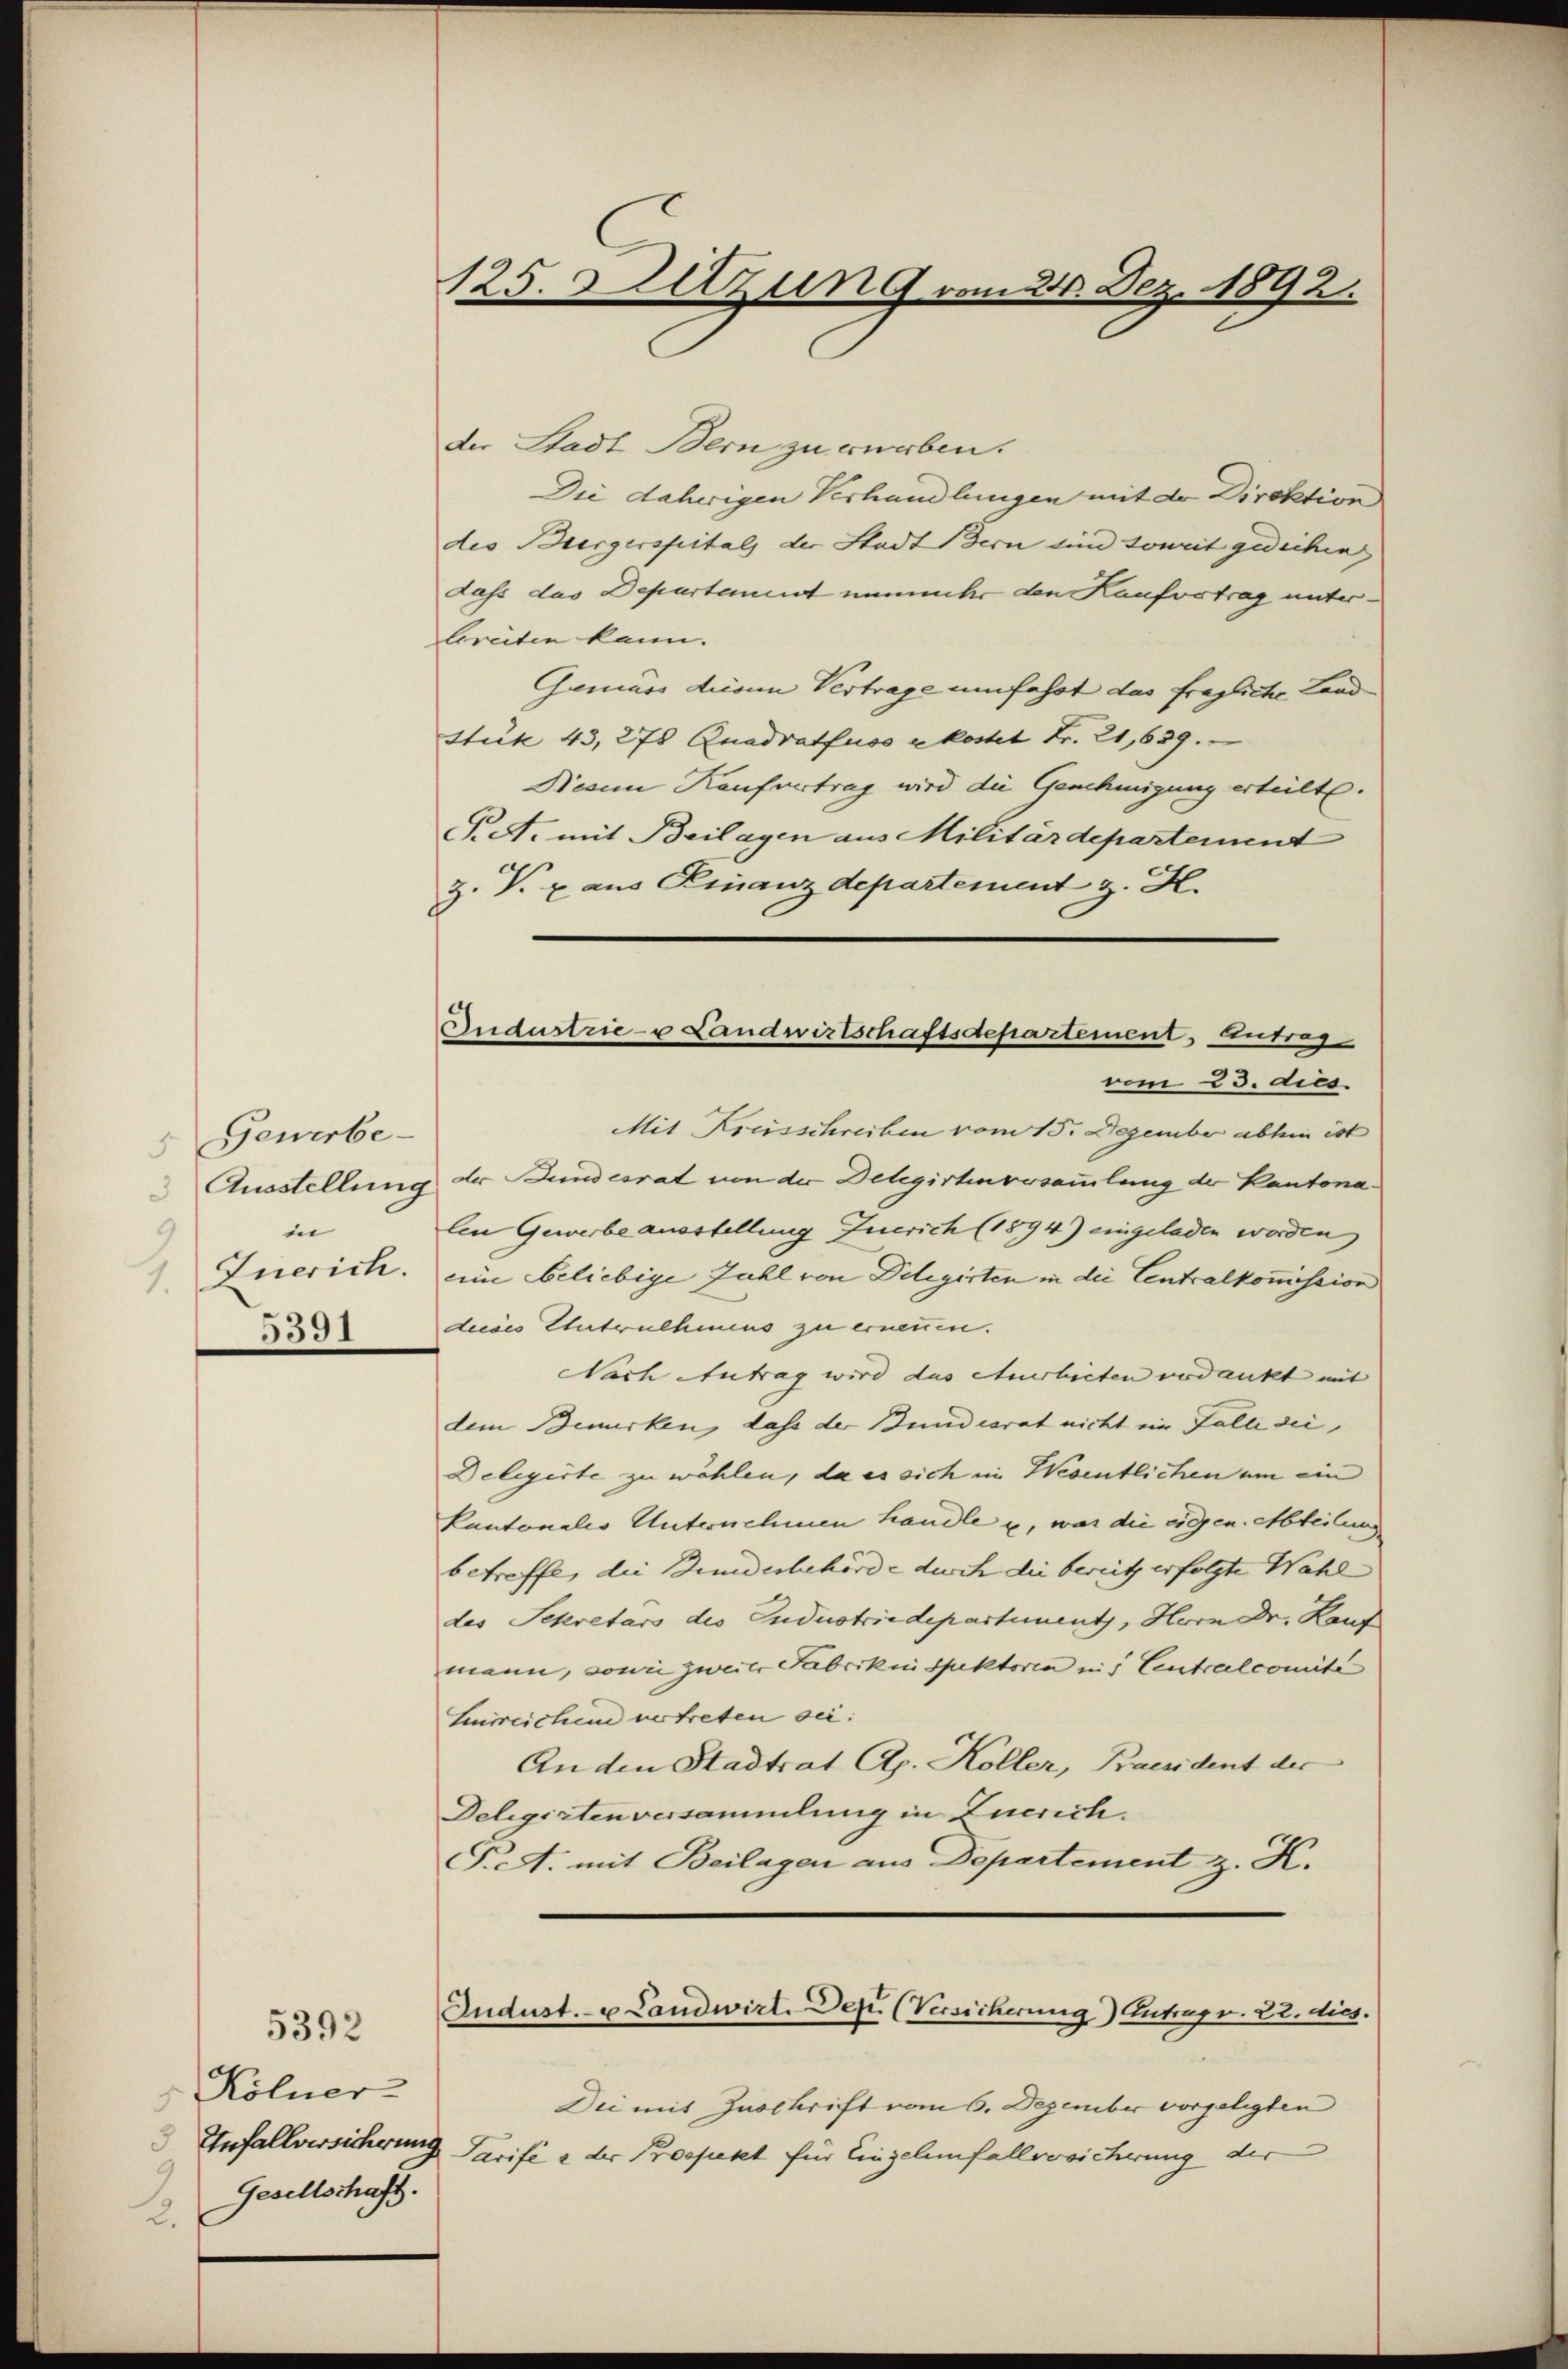
5 Gewerbe¬
Ausstellung
in
Tuerich.
1
5391

Kölner
Unfallversicherung
9
Gesellschaft.
2.

5392

125. Setzung vom 26. Dez. 1892.

Qudustrie- u Landwirtschaftsdepartement, Antrag
vom 23. dies

der Stadt Bern zu verben.
Die daherigen Verhandlungen mit der Direktion
des Bürgerspitals der Stadt Bern sind soweit gedichen
dass das Departement nimmter den Kaufvetrag unterbreiten kann.
Gemäss diesem Vertrage umfasst das fragliche Land
Stuk 43, 278 Quadratfuss kostet Fr. 21, 629.
Brann Kaufvertrag wird die Genehmigung erteilt.
Pet. mit Beilagen aus Militärdepartement
z. V. x aus Finanzdepartement z. H.
Mit Kreisschreiben vom 15. Dezember abhin ist
der Bundesrat von der Delegirtenversammlung der Kantona
len Gewerbe ausstellung fuerich (1894) eingeladen worden
eine beliebige Zahl von Delegirten in die Centralkommission
decis Untrulheens zu erneuen.
Nach Antrag wird das Steuerbieten verdankt mit
dem Bewirken, dass der Bundesrat nicht im Falle die
Delegirte zu wählen, da es sich im Wesentlichen um ein
kantonalis Unternehmen handle u. war die eigen. Abteilung
betreffe, die Bundesbehörde durch die bereitz erfolgte Wahl
des Sekretars des Industriedepartements, Horn Dr. Kauf
mann, sowie zweite Fabrikinspektoren und Centralcomite
Luirreichen vertreten sei.
An den Stadtrat Ap. Koller, Praesident der
Delegirten versammlung in Euerich.
T.A. mit Beilagen aus Departement z. K.
Jndust. u Landwirt. Dep. (Versicherung) Antrag v. 22. dies.
Die mit Zuschrift vom 6. Dezember vorgelegten
Tarife e der Prospekt für Eingelenfallversicherung der